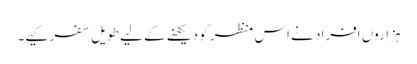
ہزاروں افراد نے اس منظر کو دیکھنے کے لیے طویل سفر کیے۔